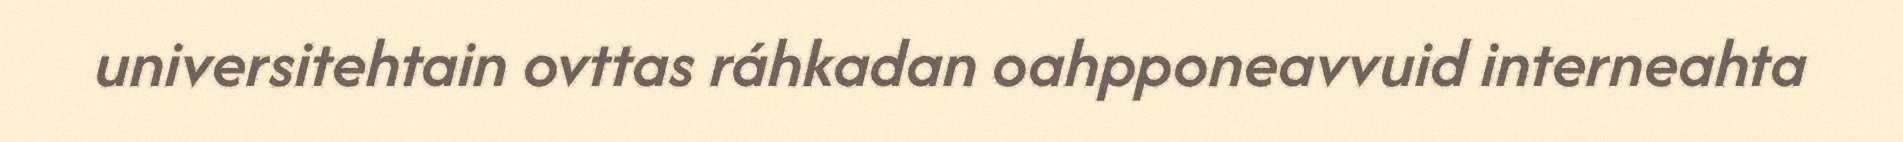
universitehtain ovttas ráhkadan oahpponeavvuid interneahta